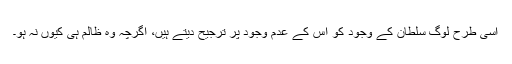
اسی طرح لوگ سلطان کے وجود کو اس کے عدم وجود پر ترجیح دیتے ہیں، اگرچہ وہ ظالم ہی کیوں نہ ہو۔